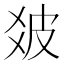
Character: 𤿓